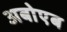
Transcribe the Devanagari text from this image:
अबोएब